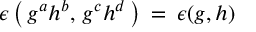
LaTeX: \epsilon \left( \, g ^ { a } h ^ { b } , \, g ^ { c } h ^ { d } \, \right) \: = \: \epsilon ( g , h )